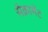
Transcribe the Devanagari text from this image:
सैक्रामेंट